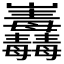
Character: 𱜕